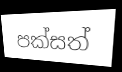
පක්සත්